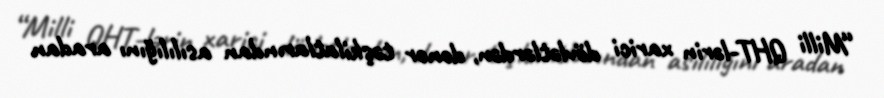
“Milli QHT-lərin xarici dövlətlərdən, donor təşkilatlarından asılılığını aradan